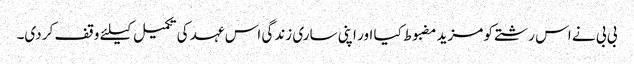
بی بی نے اس رشتے کو مزید مضبوط کیا اور اپنی ساری زندگی اس عہد کی تکمیل کیلئے وقف کر دی۔